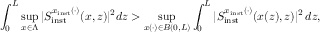
\int _ { 0 } ^ { L } \operatorname* { s u p } _ { x \in \Lambda } \vert S _ { \mathrm { i n s t } } ^ { x _ { \mathrm { i n s t } } ( \cdot ) } ( x , z ) \vert ^ { 2 } d z > \operatorname* { s u p } _ { x ( \cdot ) \in B ( 0 , L ) } \int _ { 0 } ^ { L } \vert S _ { \mathrm { i n s t } } ^ { x _ { \mathrm { i n s t } } ( \cdot ) } ( x ( z ) , z ) \vert ^ { 2 } \, d z ,